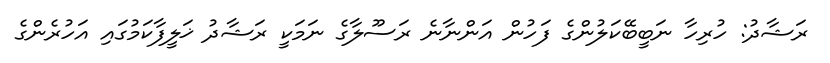
ރަޝާދު: ހުރިހާ ނަބީބޭކަލުންގެ ފަހުން އަންނާނެ ރަސޫލާގެ ނަމަކީ ރަޝާދު ޚަލީފާކަމުގައި އަހުރެންގެ